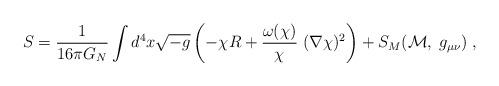
LaTeX: \begin{align*}S = \frac{1}{16 \pi G_N} \int d^4 x \sqrt{- g} \left( - \chi R + \frac{\omega (\chi)}{\chi} \; (\nabla \chi)^2 \right) + S_M ({\cal M}, \; g_{\mu \nu}) \; ,\end{align*}